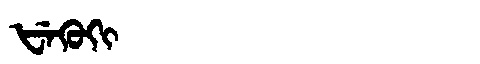
Manchu: ᡶᡝᡴᡠᡴᡳ
Romanization: FEKUKI